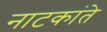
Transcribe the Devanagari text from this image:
नाटकांते